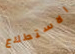
الاستطلاع